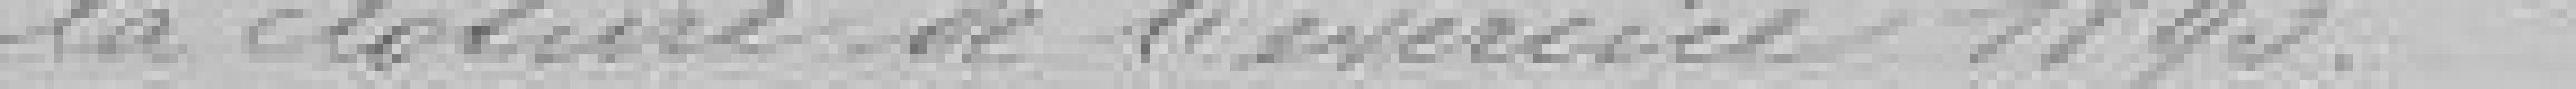
la clôture de l'exercice 1893.